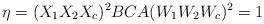
LaTeX: \begin{align*}\eta = (X_{1} X_{2} X_{c})^{2} B C A (W_{1} W_{2} W_{c})^{2} &= 1 \end{align*}